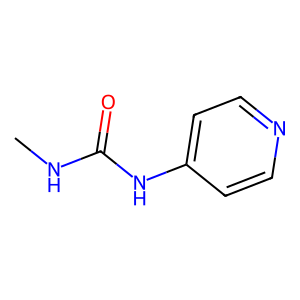
SMILES: CNC(=O)Nc1ccncc1
Inhibits HIV replication: No